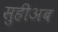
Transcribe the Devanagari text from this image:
सुहीअब